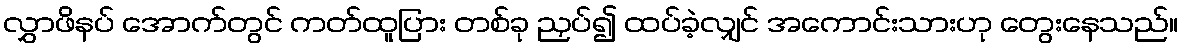
လွှာဖိနပ် အောက်တွင် ကတ်ထူပြား တစ်ခု ညှပ်၍ ထပ်ခဲ့လျှင် အကောင်းသားဟု တွေးနေသည်။